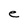
Character: e